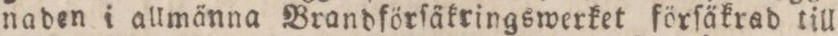
naden i allmänna Brandförſäkringswerket förſäkrad till